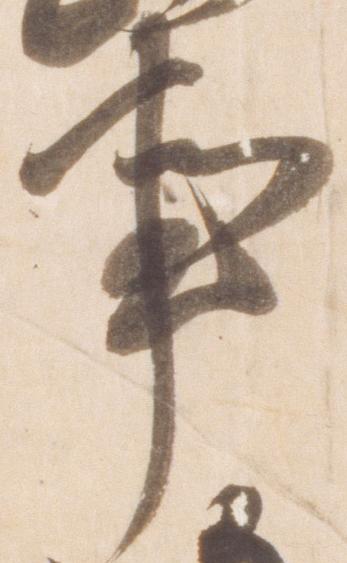
事